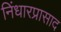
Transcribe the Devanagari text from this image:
निंधारप्रासाद